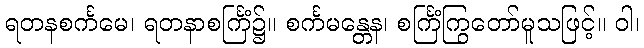
ရတနစင်္ကမေ၊ ရတနာစင်္ကြံ၌။ စင်္ကမန္တေန၊ စင်္ကြံကြွတော်မူသဖြင့်။ ဝါ၊